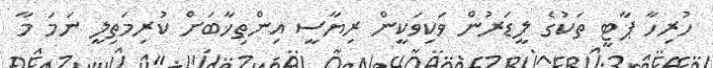
ހުރިހާ ޕާޓީ ތަކުގެ ލީޑަރުން ވަކިވަކީން ރިޔާސީ އިންތިޚާބަށް ކުރިމަތިލީ ނަމަ މާ